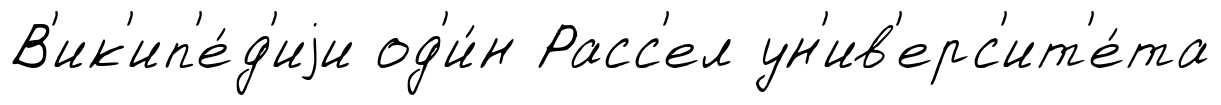
В'ик'ип'е́д'иjи од'и́н Расс'ел ун'ив'ерс'ит'е́та